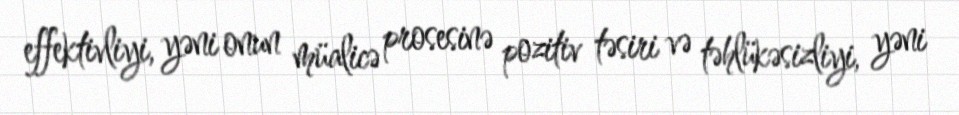
effektivliyi, yəni onun müalicə prosesinə pozitiv təsiri və təhlükəsizliyi, yəni